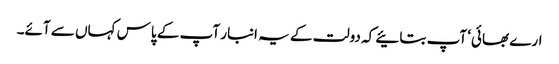
ارے بھائی‘ آپ بتائیے کہ دولت کے یہ انبار آپ کے پاس کہاں سے آئے۔